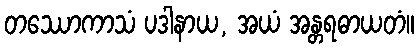
တဿောကာသံ ပဒါနာယ, အယံ အန္တရဓာယတံ။